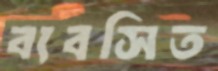
ব্যবসিত